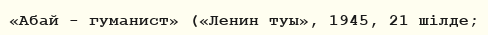
«Абай - гуманист» («Ленин туы», 1945, 21 шілде;